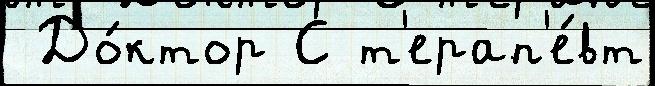
 До́ктор С т'ерап'е́вт